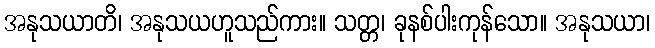
အနုသယာတိ၊ အနုသယဟူသည်ကား။ သတ္တ၊ ခုနစ်ပါးကုန်သော။ အနုသယာ၊